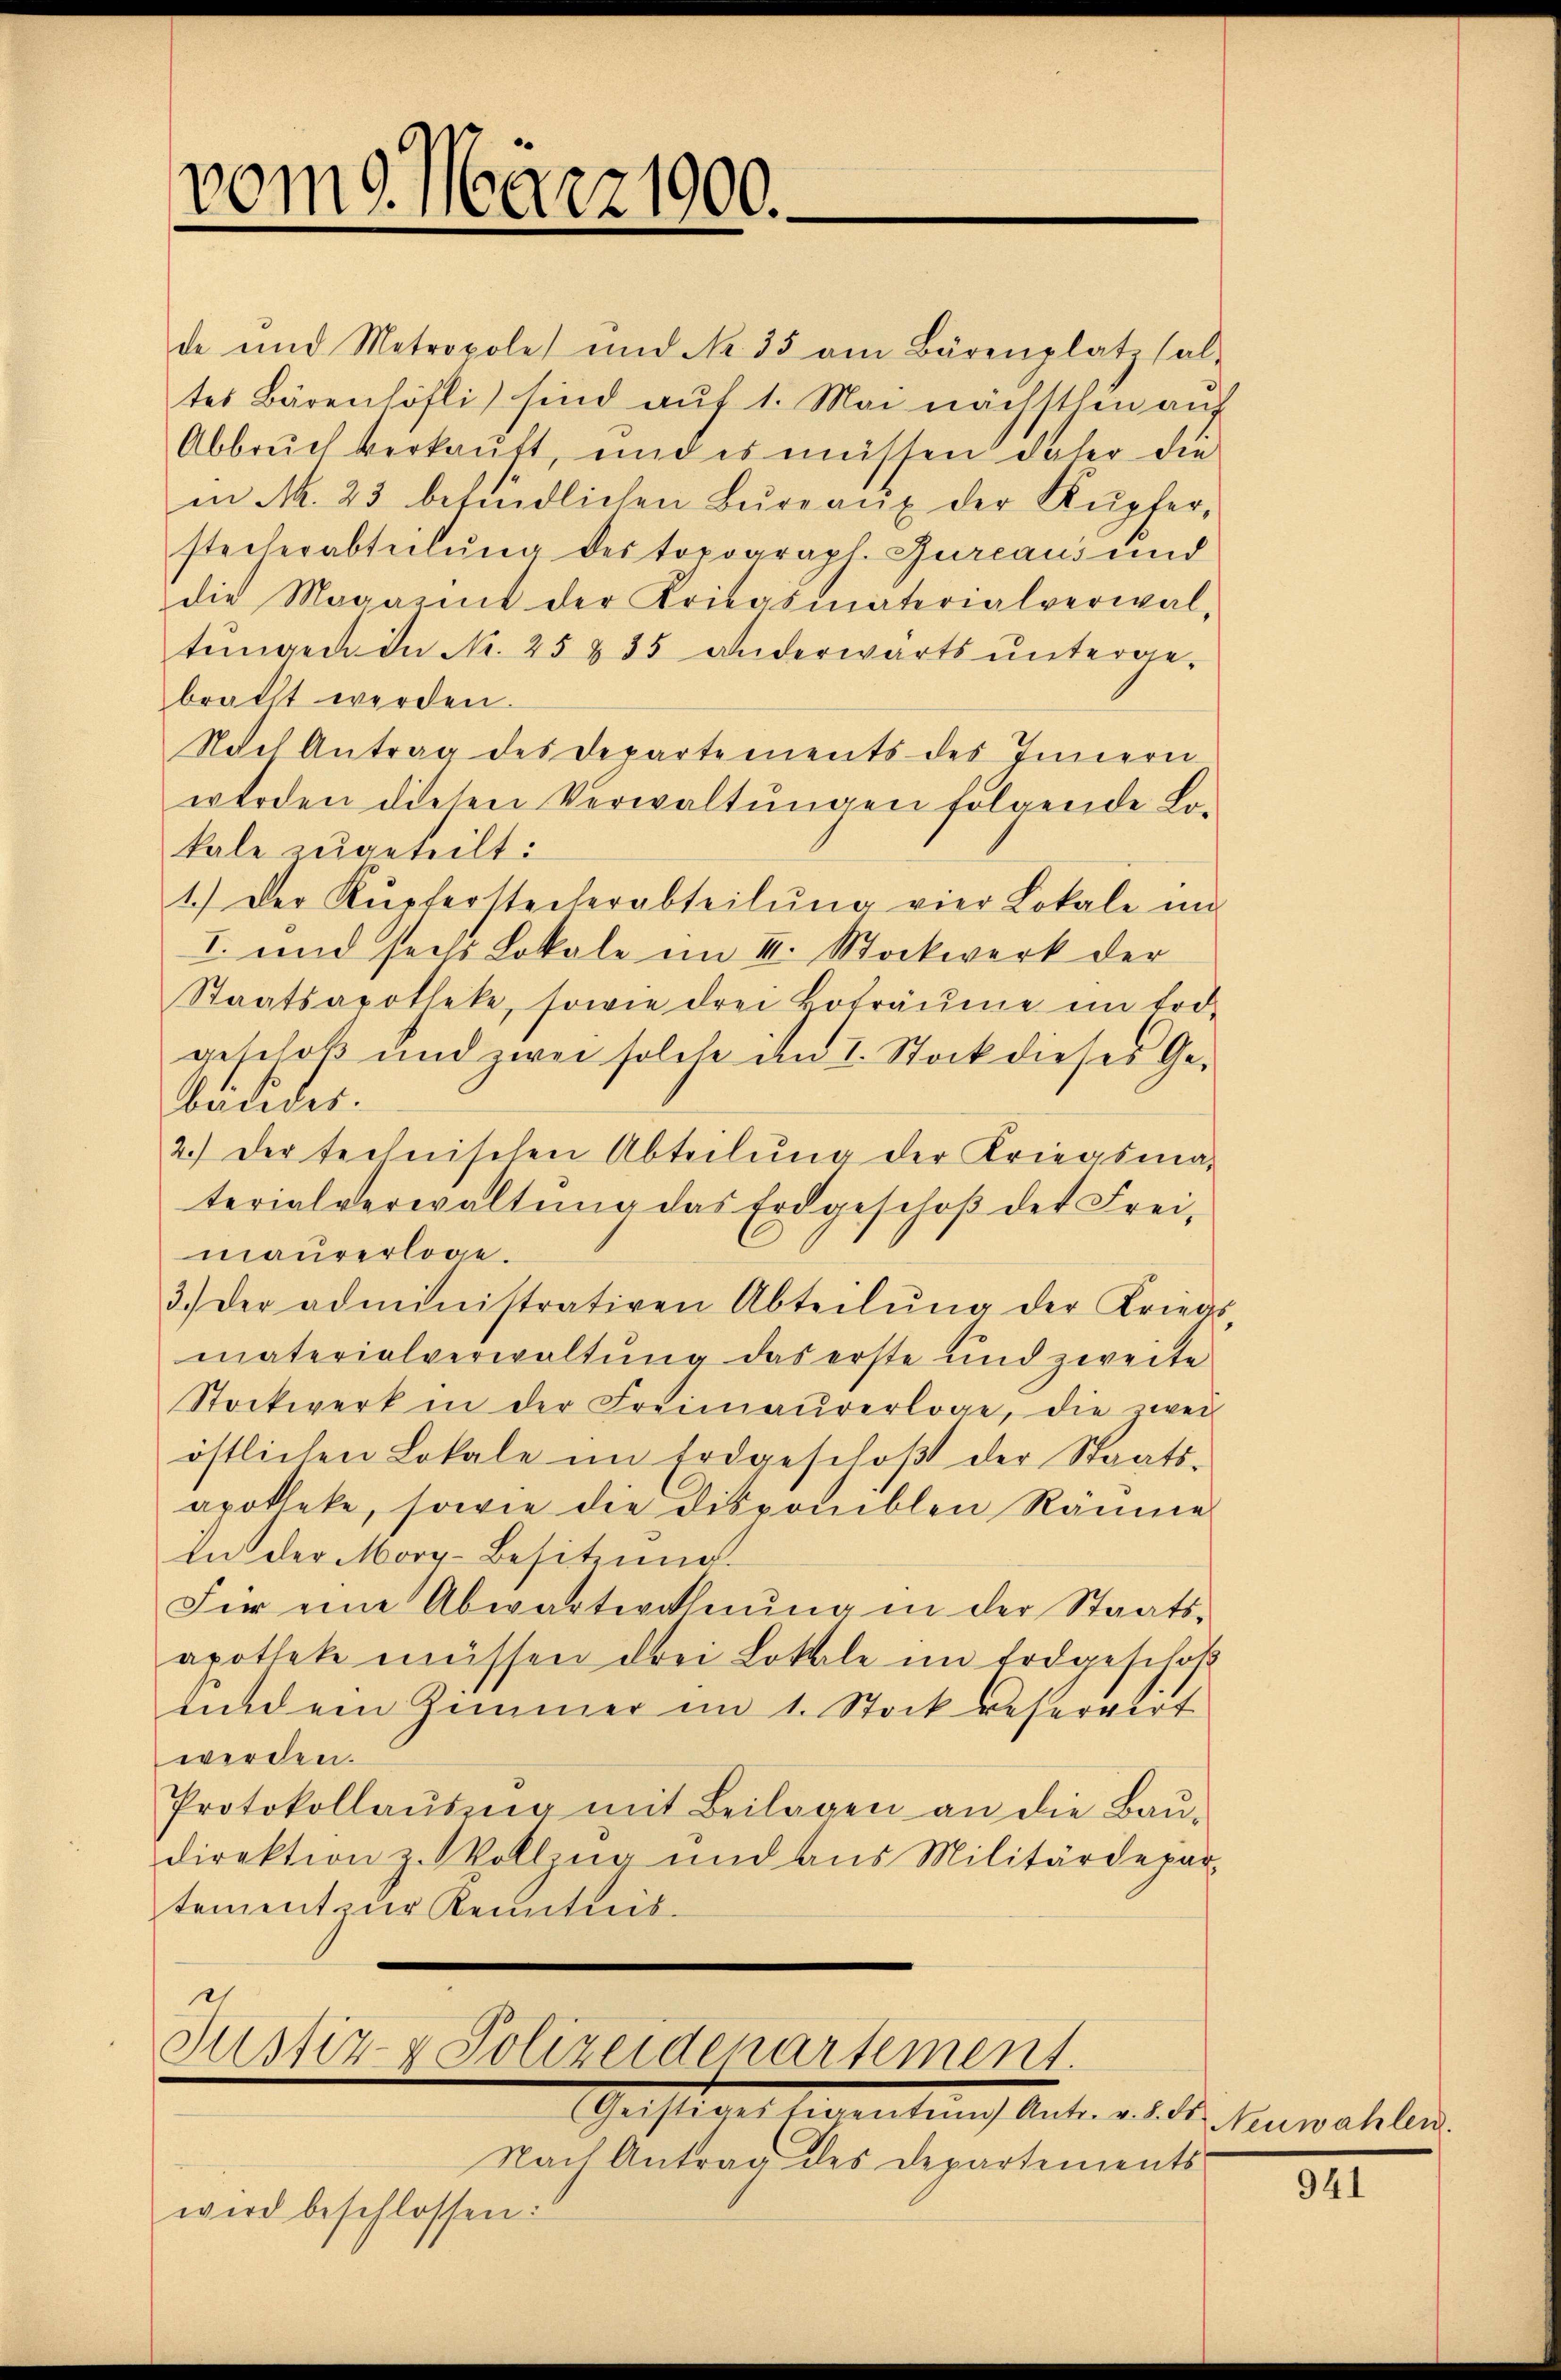
vom 9. März 1900.

in M. 23 befindlichen Bureaux der Kupferstecherabteilung des topograpl. Zureaus und
die Magazint der Kriegsmaterialverwal-
tengen in Nr. 25 § 35 anderwärts untergebracht werden.
Nach Antrag des Departements des Innern
werden diesen Verwaltungen folgende Lokale zugeteilt:
1.) Der Kupferstecherabteilŭng vier Lokale im
I. und seits Lokale im II. Stockwerk der
Staatsapotheke, sowie drei Boträŭme im tod-
geschoß und zwei solche im I. Stock dieser Ge-
baudes.
2.) Der technischen Abteilŭng der Kriegsma-
terialverwaltŭng das Erdgeschoß der Frei-
maurerloge.
3.) Der administrativen Abteilŭng der Kriegs-
materialverwaltung das erste und zweite
Stockwerk in der Freimaurerloge, die zwei
östlichen Lokale im Erdgeschoβ der Staats-
apokleke, sowie die disponiblen Raume
In der Morg-Besitzung.
Fir eine Abwartwohnung in der Staatsapotheke müssen drei Lothle im Erdgeschof
eindem Zimmer im 1. Stock reservirt
werden.
Protokollaŭŭng mit Beilagen an die Baŭ-
direktion z. Vollzug und aus Militärdepar
tement zur Kenntnis.

Justiz- & Polizeiderartement.
Geistrat Eigentung Antn. v. dr. Heuwahlen

Nach Antrag des Departements
wird beschlossen:

de und Metropole und No. 35 am Bärenplatz sal-
tes Bärenhöfli) sind auf 1. Mai nächsten auf
Abbruch verkaŭft, und es müssen daher die

941